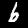
Digit: 6